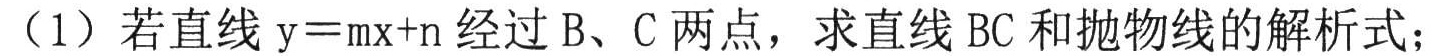
（1）若直线\(y = mx + n\)经过\(B、C\)两点，求直线\(BC\)和抛物线的解析式；